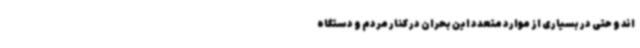
اند و حتی در بسیاری از موارد متعدد این بحران در کنار مردم و دستگاه